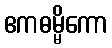
ဧကဓမ္မိကော